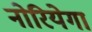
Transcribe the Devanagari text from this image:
नोरियेगा